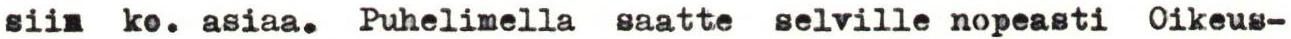
siin ko. asiaa. Puhelimella saatte selville nopeasti Oikeus-